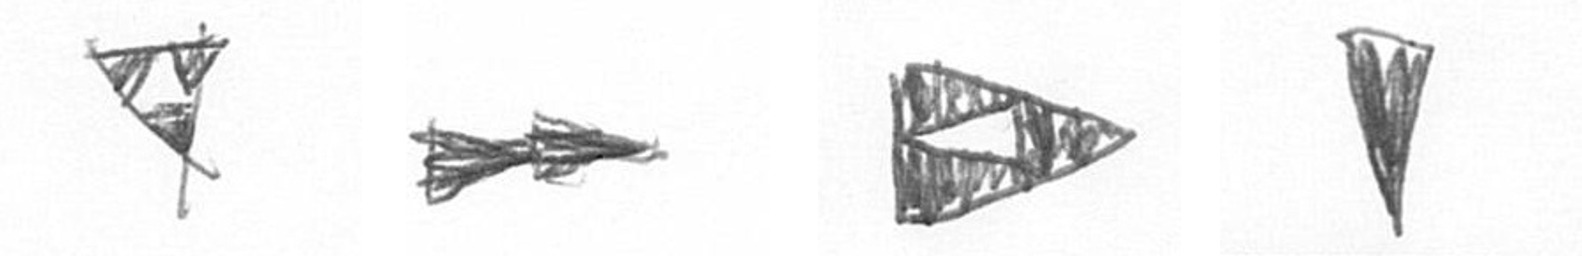
S A K J